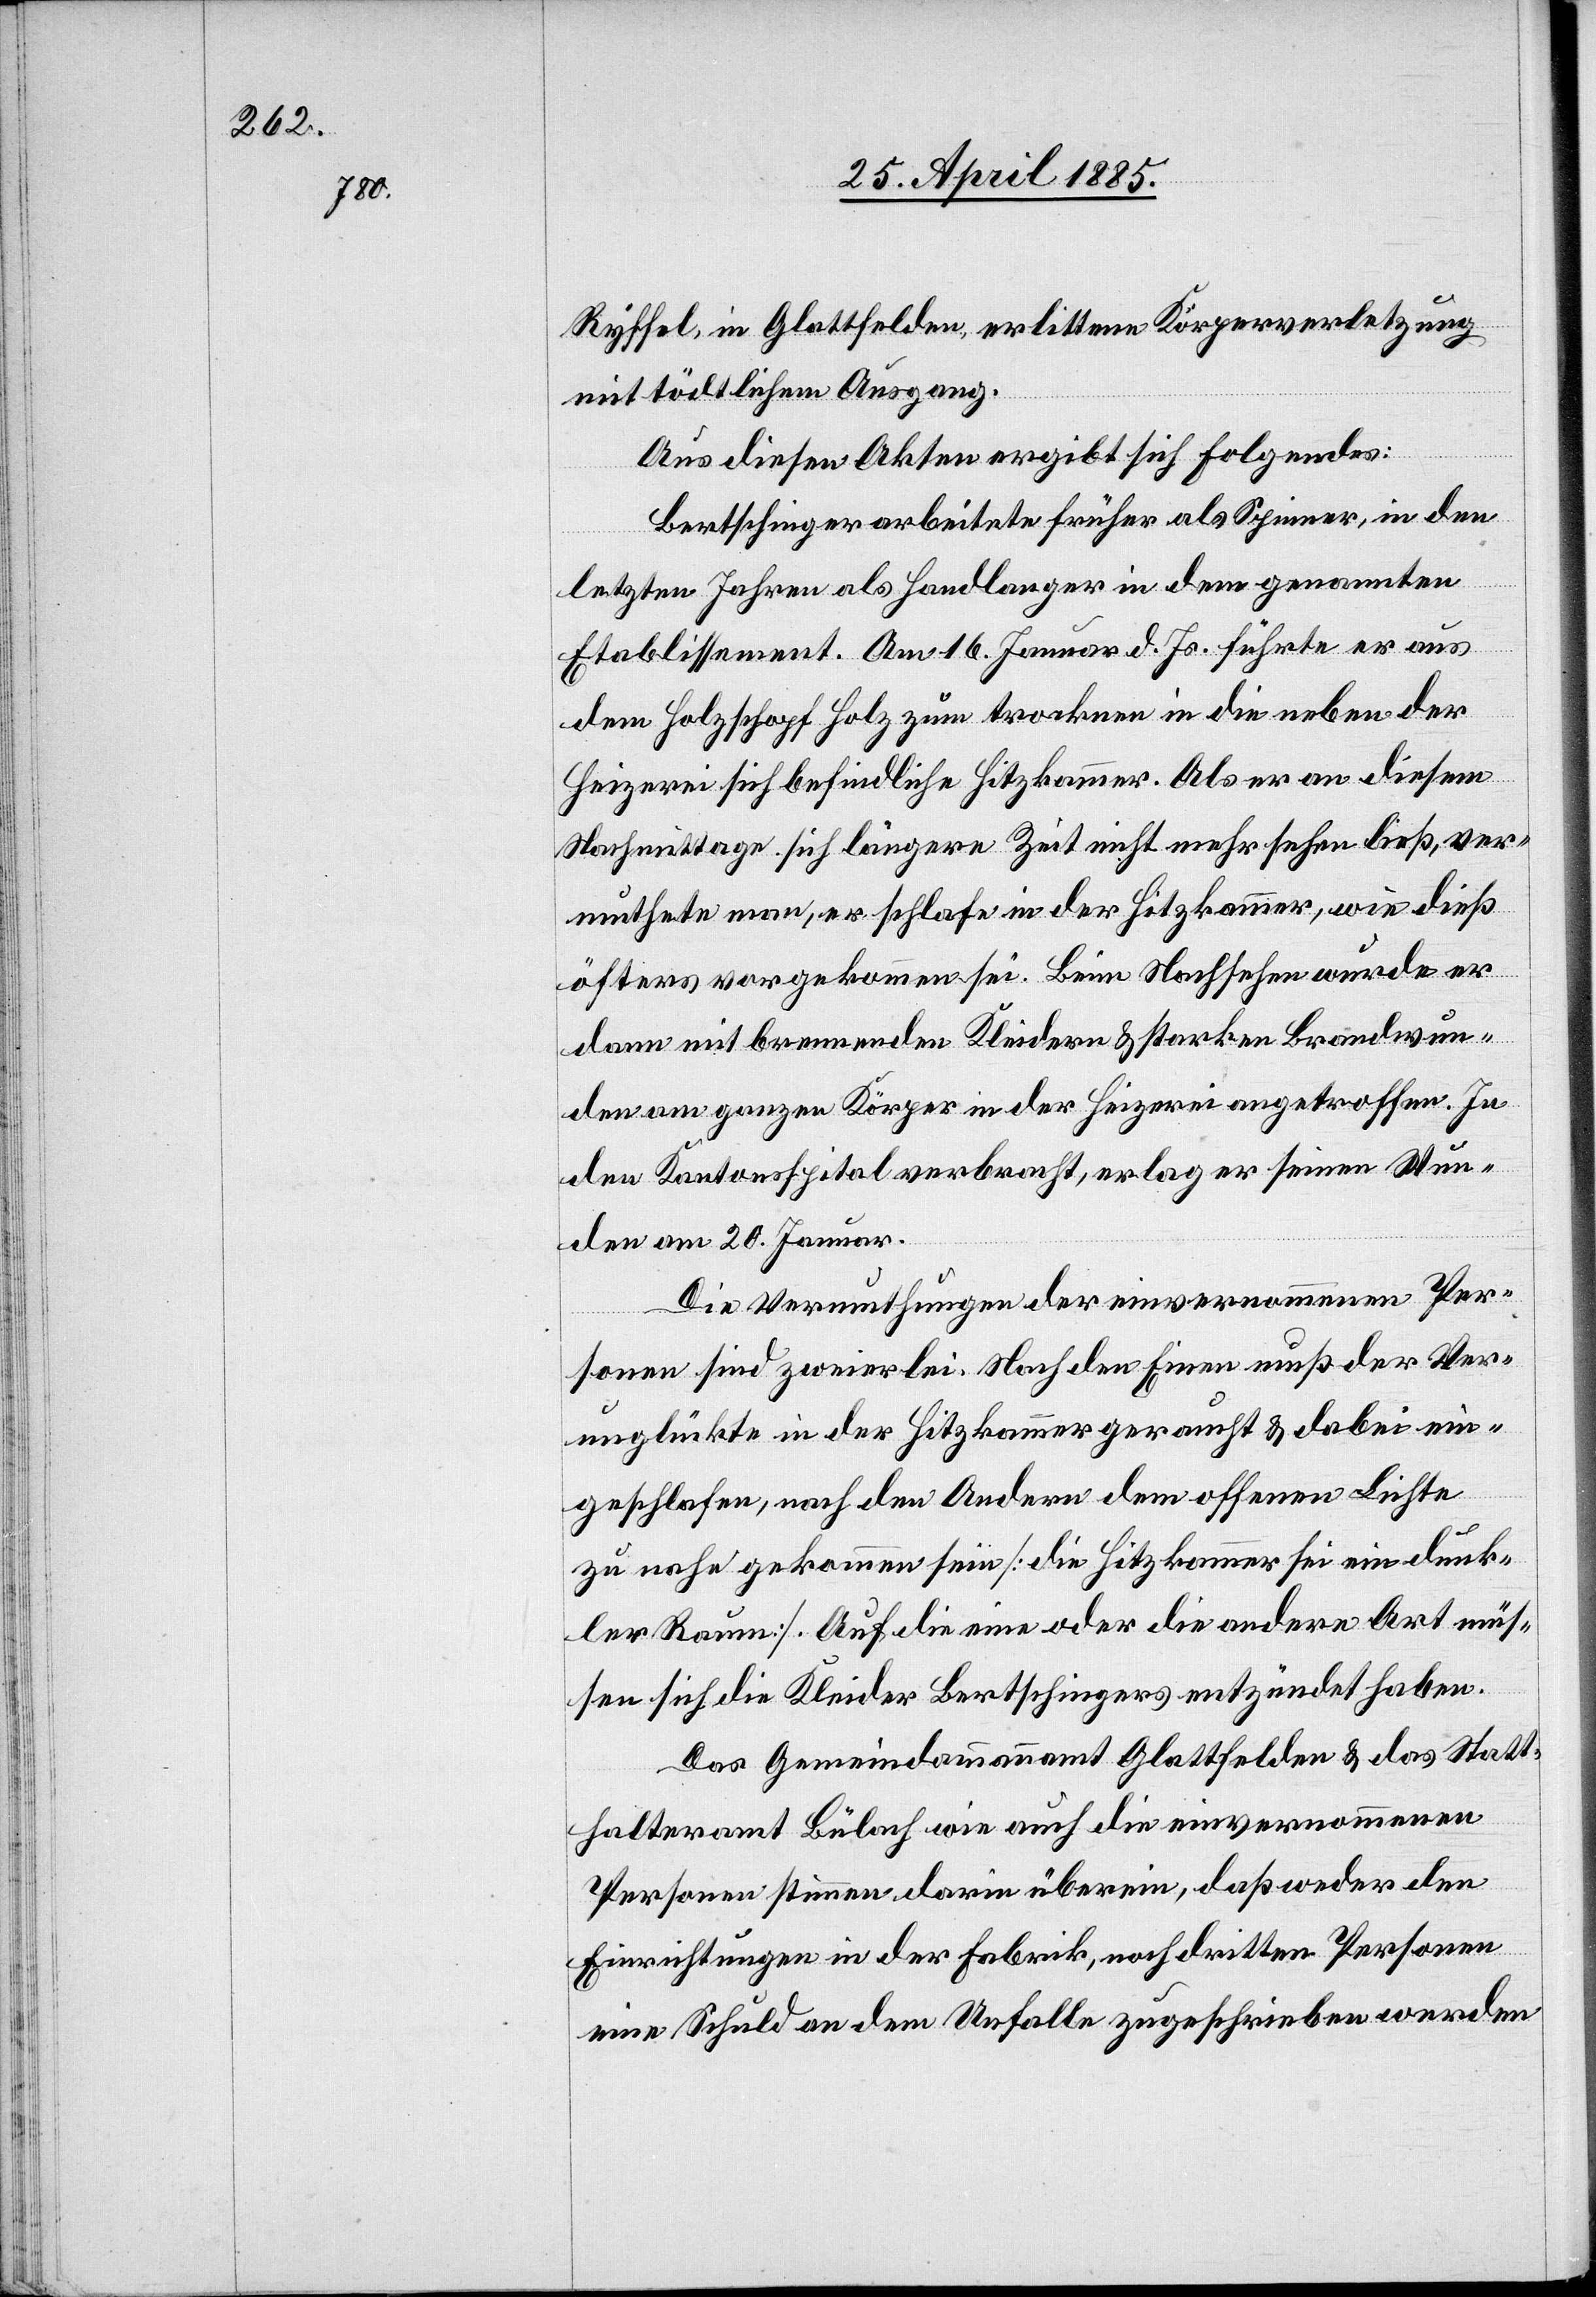
Ryffel, in Glattfelden, erlittene Körperverletzung
mit tödlichem Ausgang.
Aus diesen Akten ergibt sich folgendes:
Bertschinger arbeitete früher als Spinner, in den
letzten Jahren als Handlanger in dem genannten
Etablissement. Am 16. Januar d. Js. führte er aus
dem Holzschopf Holz zum trocknen in die neben der
Heizerei sich befindliche Hitzkammer. als er an diesem
Nachmittage sich längere Zeit nicht mehr sehen ließ, ver¬
muthete man, er schlafe in der Hitzkammer, wie dieß
öfters vorgekommen sei. Beim Nachsehen wurde er
dann mit brennenden Kleidern & starken Brandwun¬
den am ganzen Körper in der Heizerei angetroffen. In
den Kantonsspital verbracht, erlag er seinen Wun¬
den am 20. Januar.
Die Vermuthungen der einvernommenen Per¬
sonen sind zweierlei. Nach den Einen muß der Ver¬
unglückte in der Hitzkammer geraucht & dabei ein¬
geschlafen, nach den Andern dem offenen Lichte
zu nahe gekommen sein [die Hitzkammer sie ein dunk¬
ler Raum]. Auf die eine oder die andere Art müs¬
sen sich die Kleider Bertschingers entzündet haben.
Das Gemeindeammannamt Glattfelden & das Statt¬
halteramt Bülach wie auch die einvernommenen
Personen stimmen darin überein, daß weder den
Einrichtungen in der Fabrik, noch dritten Personen
eine Schuld an dem Unfalle zugeschrieben werden